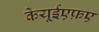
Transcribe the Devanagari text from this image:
केयूईएफ़ए